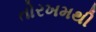
તોરખમથી